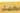
محمد